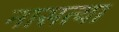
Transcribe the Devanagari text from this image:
नासत्या